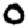
Digit: 0